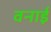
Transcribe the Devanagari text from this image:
वनाई